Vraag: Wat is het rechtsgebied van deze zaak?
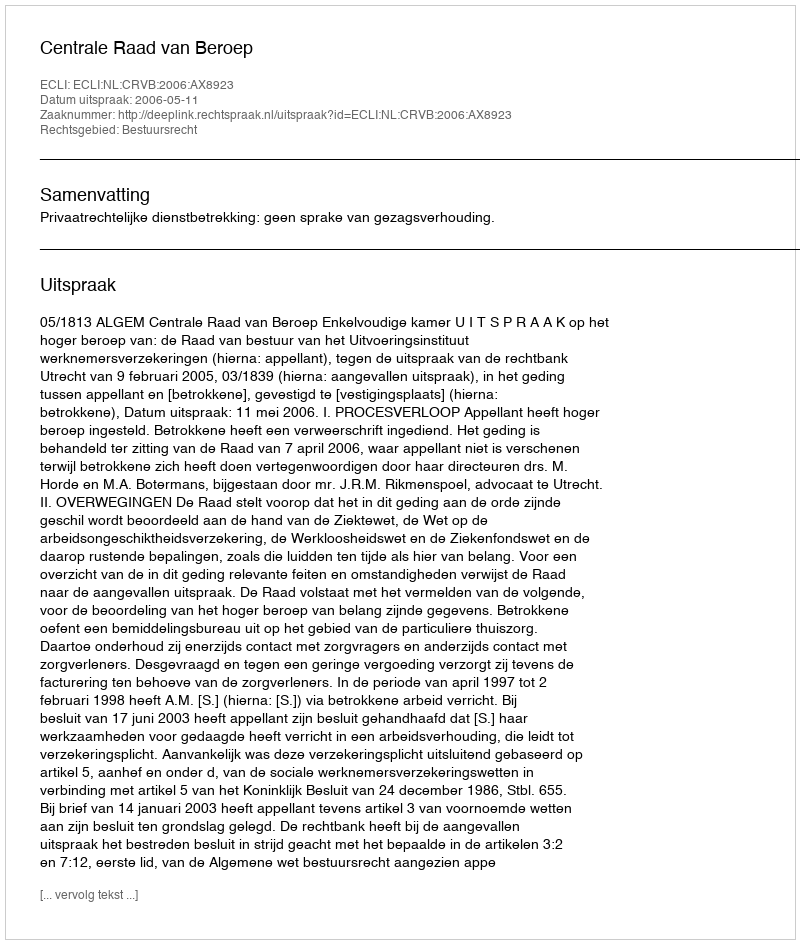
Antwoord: Bestuursrecht